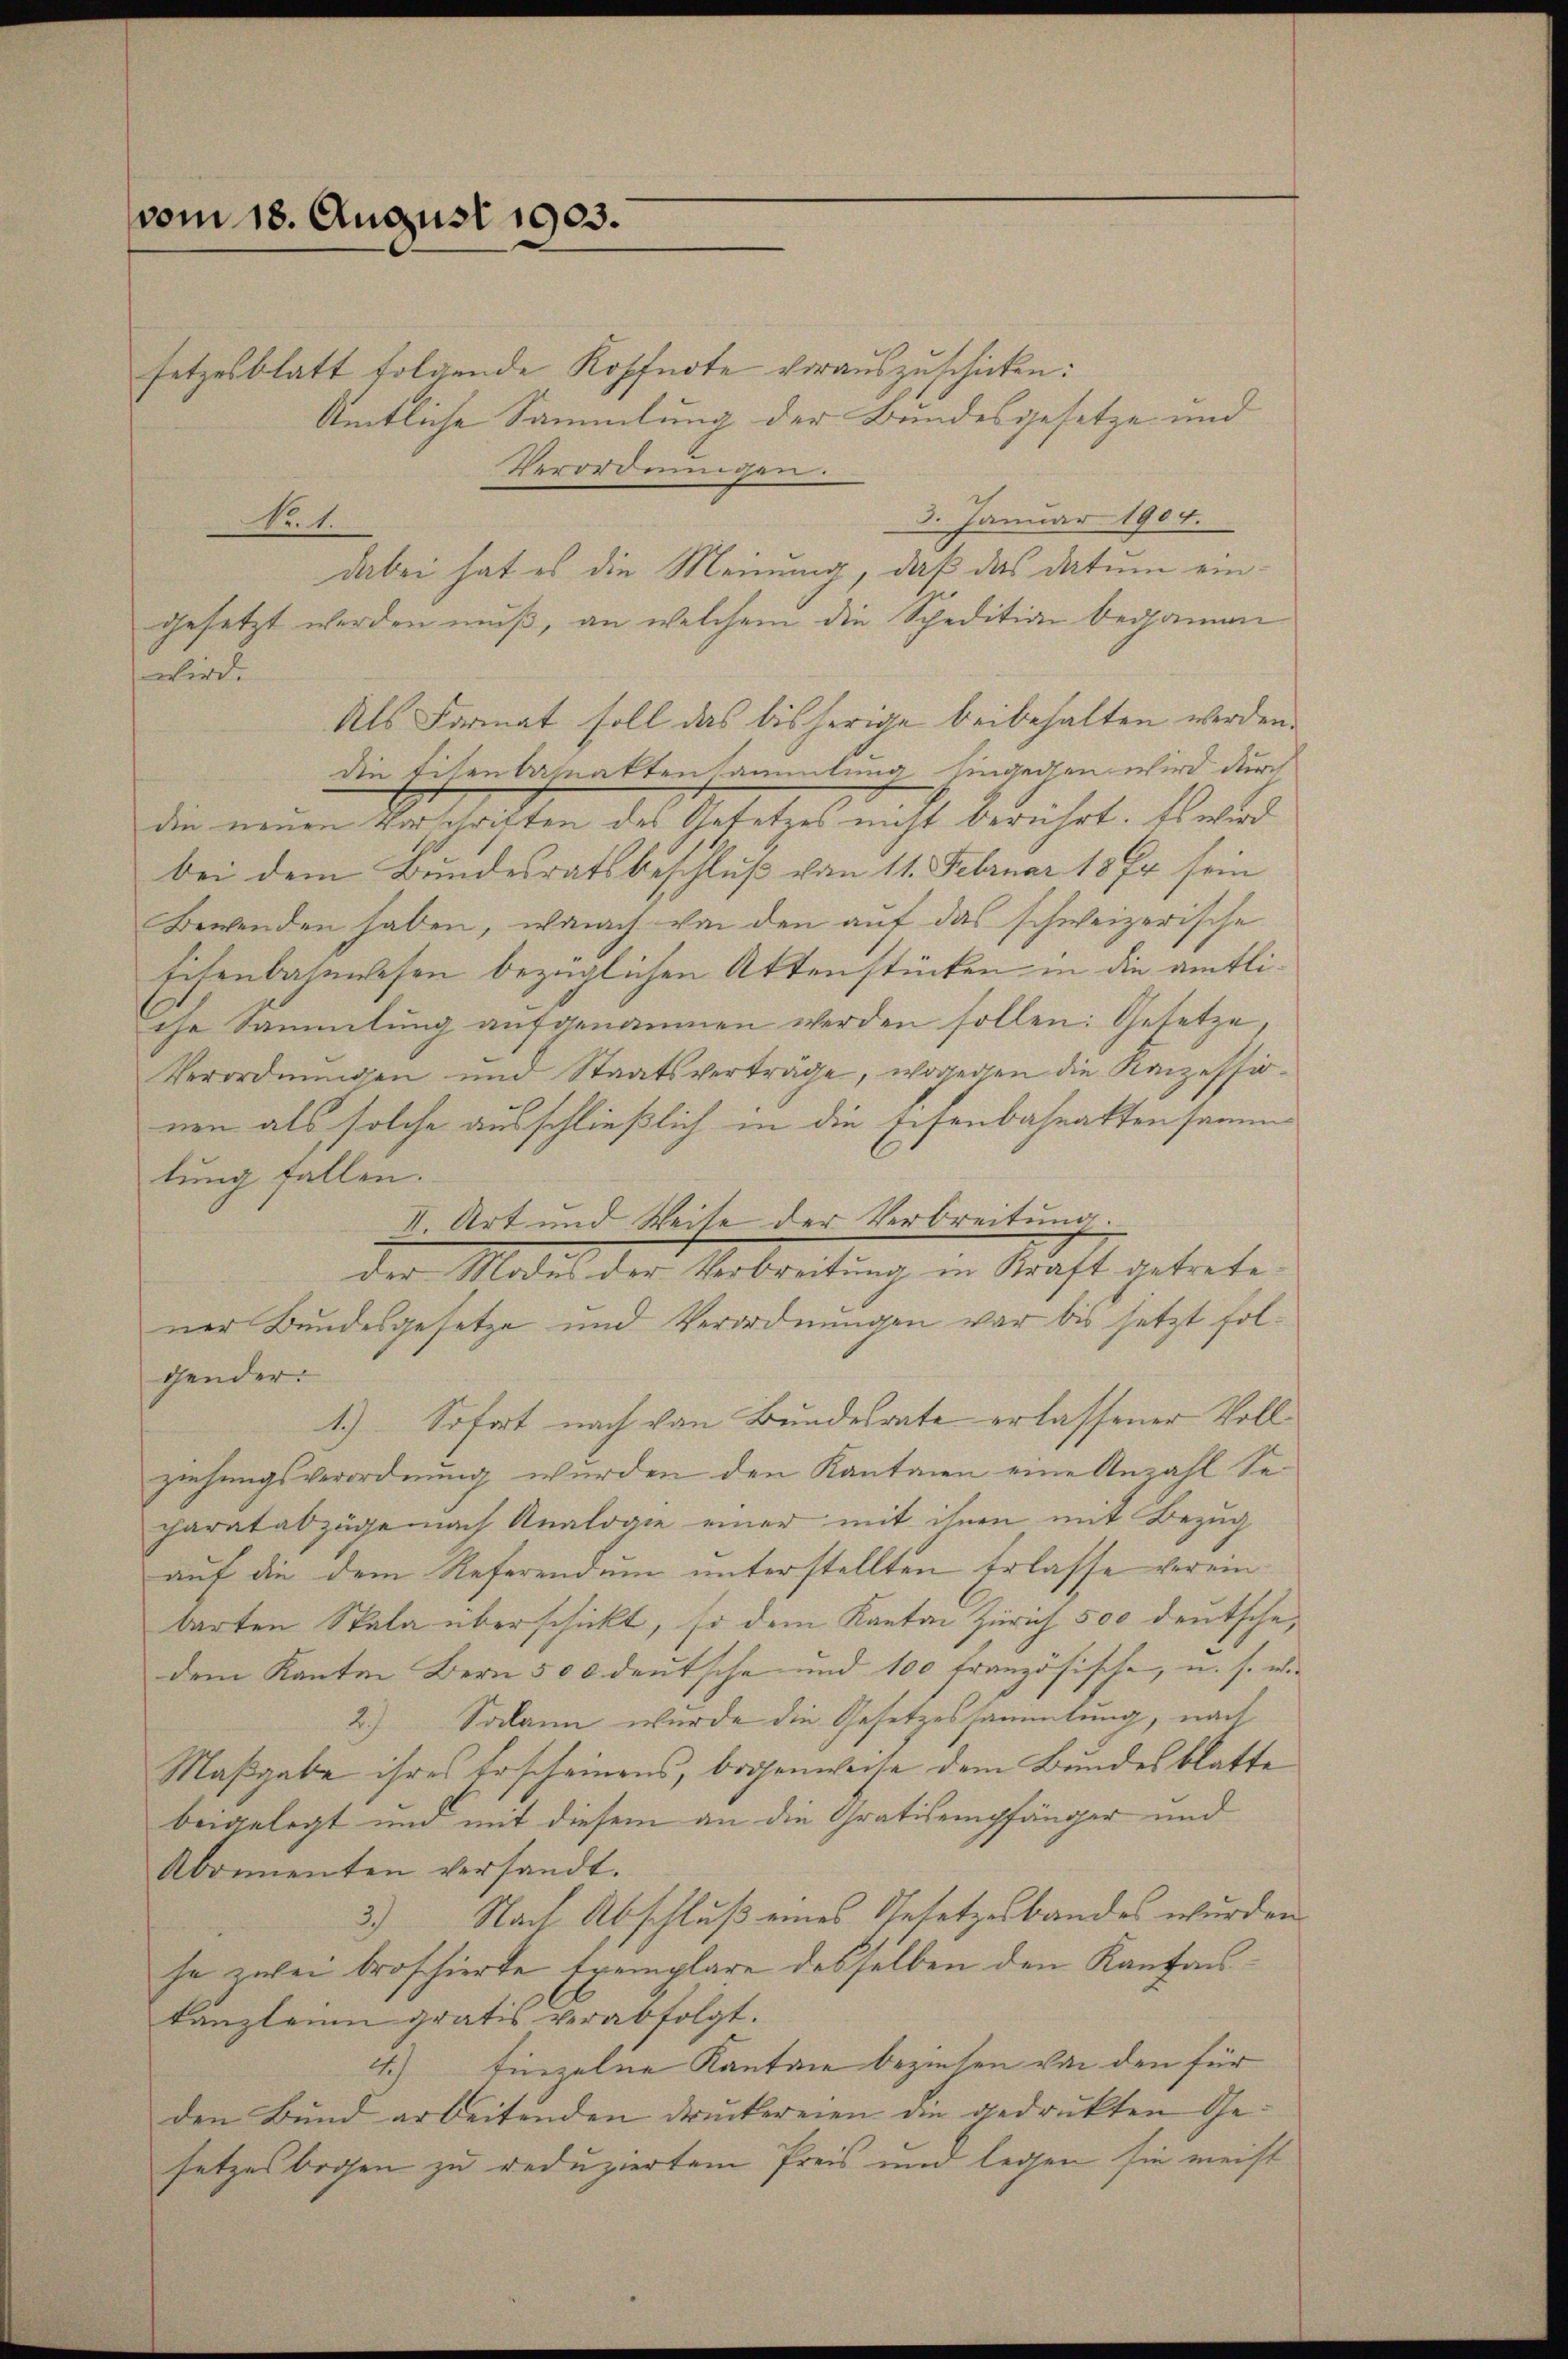
vom 18. August 1903.
setzesblatt folgende Kopfnote vorauszuschicken:

Amtliche Sammlung der Bundesgesetze und
Verordnungen.
3. Januar 1904.
Nr. 1.
gesetzt werden muß, an welchem die Spedition begannen
wird
Als Format soll das bisherige beibehalten werden.
die Eisenbahnaktensammlung hingegen wird durch
die meinen Anschaften des Gesetzes nicht berührt. Wertes
bei dem Bundesratsbeschluß vom 11. Februar 1874 sein
Bewenden haben, wonach von den auf das schweizerische
Eisenbahnwesen bezüglichen Attenstücken in die amtliche Sammlung aŭfgenommen werden sollen: Gesetze,
Verordnungen und Staatsverträge, wogegen die Kanzessionen als solche ausschließlich in die Eisenbahnakten samme
tung fallen.
II. Art und Weite der Verbreitung.
der Modes der Verbreitung in Kraft getretener Bundesgesetze und Verordnungen war bis jetzt folgender.
1.) Sofort nach von Bundesrate erlassener Vollziehungsverordnung wurden den Kantonen eine Anzahl Secaratabzüge nach Analogie einer mit ihnen mit Bezug
auf die dem Referendum unterstellten Erlasse vereinbarten Stala überschickt, so dem Kanton Zürich 500 deutsche
dem Kanton Bern 500 deutsche und 100 französische, u. s. w.
2.) Sodann wurde die Gesetzessammlung, nach
Maßgabe ihres Erscheinens, bogenweise dem Bundesblatte
beigelegt und mit diesem an die Gratisempfänger und
Abonnenten versandt.
Nach Abschluß eines Gesetzesbandes wurden
3
ja zwei broschierte Exemplare desselben den Kaufonskanzleim gratis verabfolgt.
4.) Einzelne Kanton beziehen von den für
den Bund arbeitenden Druckereien die gedrukten Gesetzes bogen zu reduziertem Preis und legen sie meist

dabei hat es die Meinung, daß das Datum ein¬